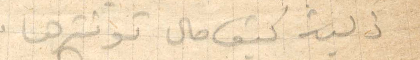
ذكيه كيف حال توترها